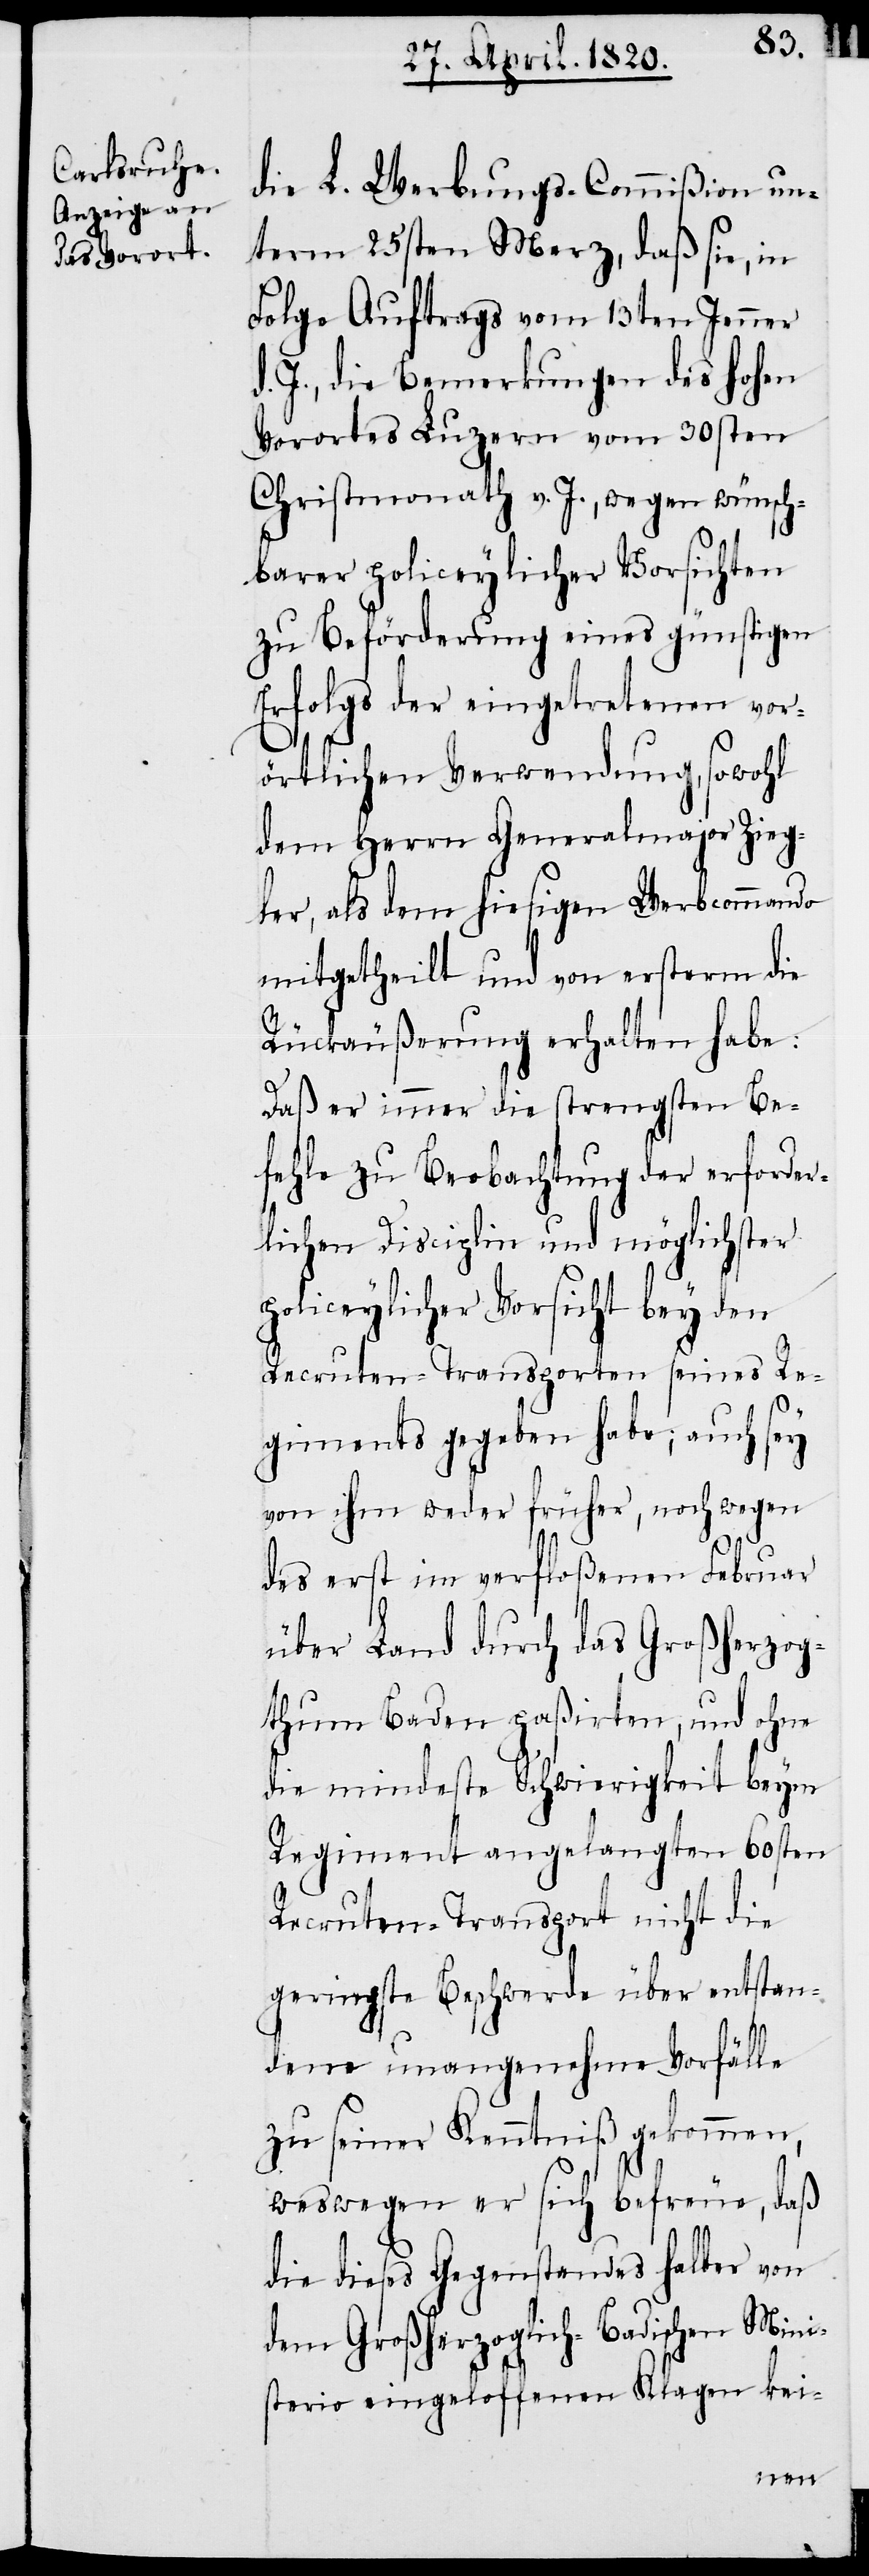
die L. Werbungs-Commißion un¬
term 25sten Merz, daß sie, in
Folge Auftrags vom 13ten Jenner
J., die Bemerkungen des Hohen
Vorortes Luzern vom 30sten
Christmonath v. J. wegen wünsch¬
barer policeylicher Vorsichten
zu Beförderung eines günstigen
Erfolgs der eingetretenen vor¬
örtlichen Verwendung, sowohl
dem Herrn Generalmajor Zieg¬
ler, als dem hiesigen Werbcommando
mitgetheilt und von ersterm die
Rückäußerung erhalten habe:
Daß er immer die strengsten Be¬
fehle zu Beobachtung der erforder¬
lichen Disciplin und möglichster
policeylicher Vorsicht bey den
Recruten-Transporten seines Re¬
giments gegeben habe; auch sey
von ihm weder früher, noch wegen
des erst im verfloßenen Februar
über Land durch das Großherzog¬
thum Baden paßirten, und ohne
die mindeste Schwierigkeit beym
Regiment angelangten 60sten
Recruten-Transport nicht die
geringste Beschwerde über entstan¬
dene unangenehme Vorfälle
zu seiner Kenntniβ gekommen,
weswegen er sich befreue, daß
die dieses Gegenstandes halber von
dem Großherzoglich-badischen Mini¬
sterio eingeloffenen Klagen kei-